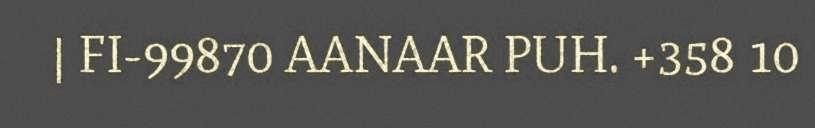
| FI-99870 AANAAR PUH. +358 10